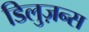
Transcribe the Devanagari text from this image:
डिलुज़न्स